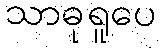
သာဓုရူပေ